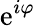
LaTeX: \mathrm{e}^{i\varphi}